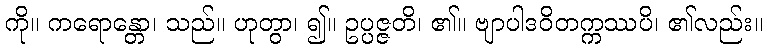
ကို။ ကရောန္တော၊ သည်။ ဟုတွာ၊ ၍။ ဥပ္ပဇ္ဇတိ၊ ၏။ ဗျာပါဒဝိတက္ကဿပိ၊ ၏လည်း။